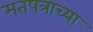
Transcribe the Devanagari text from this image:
मतपत्राच्या